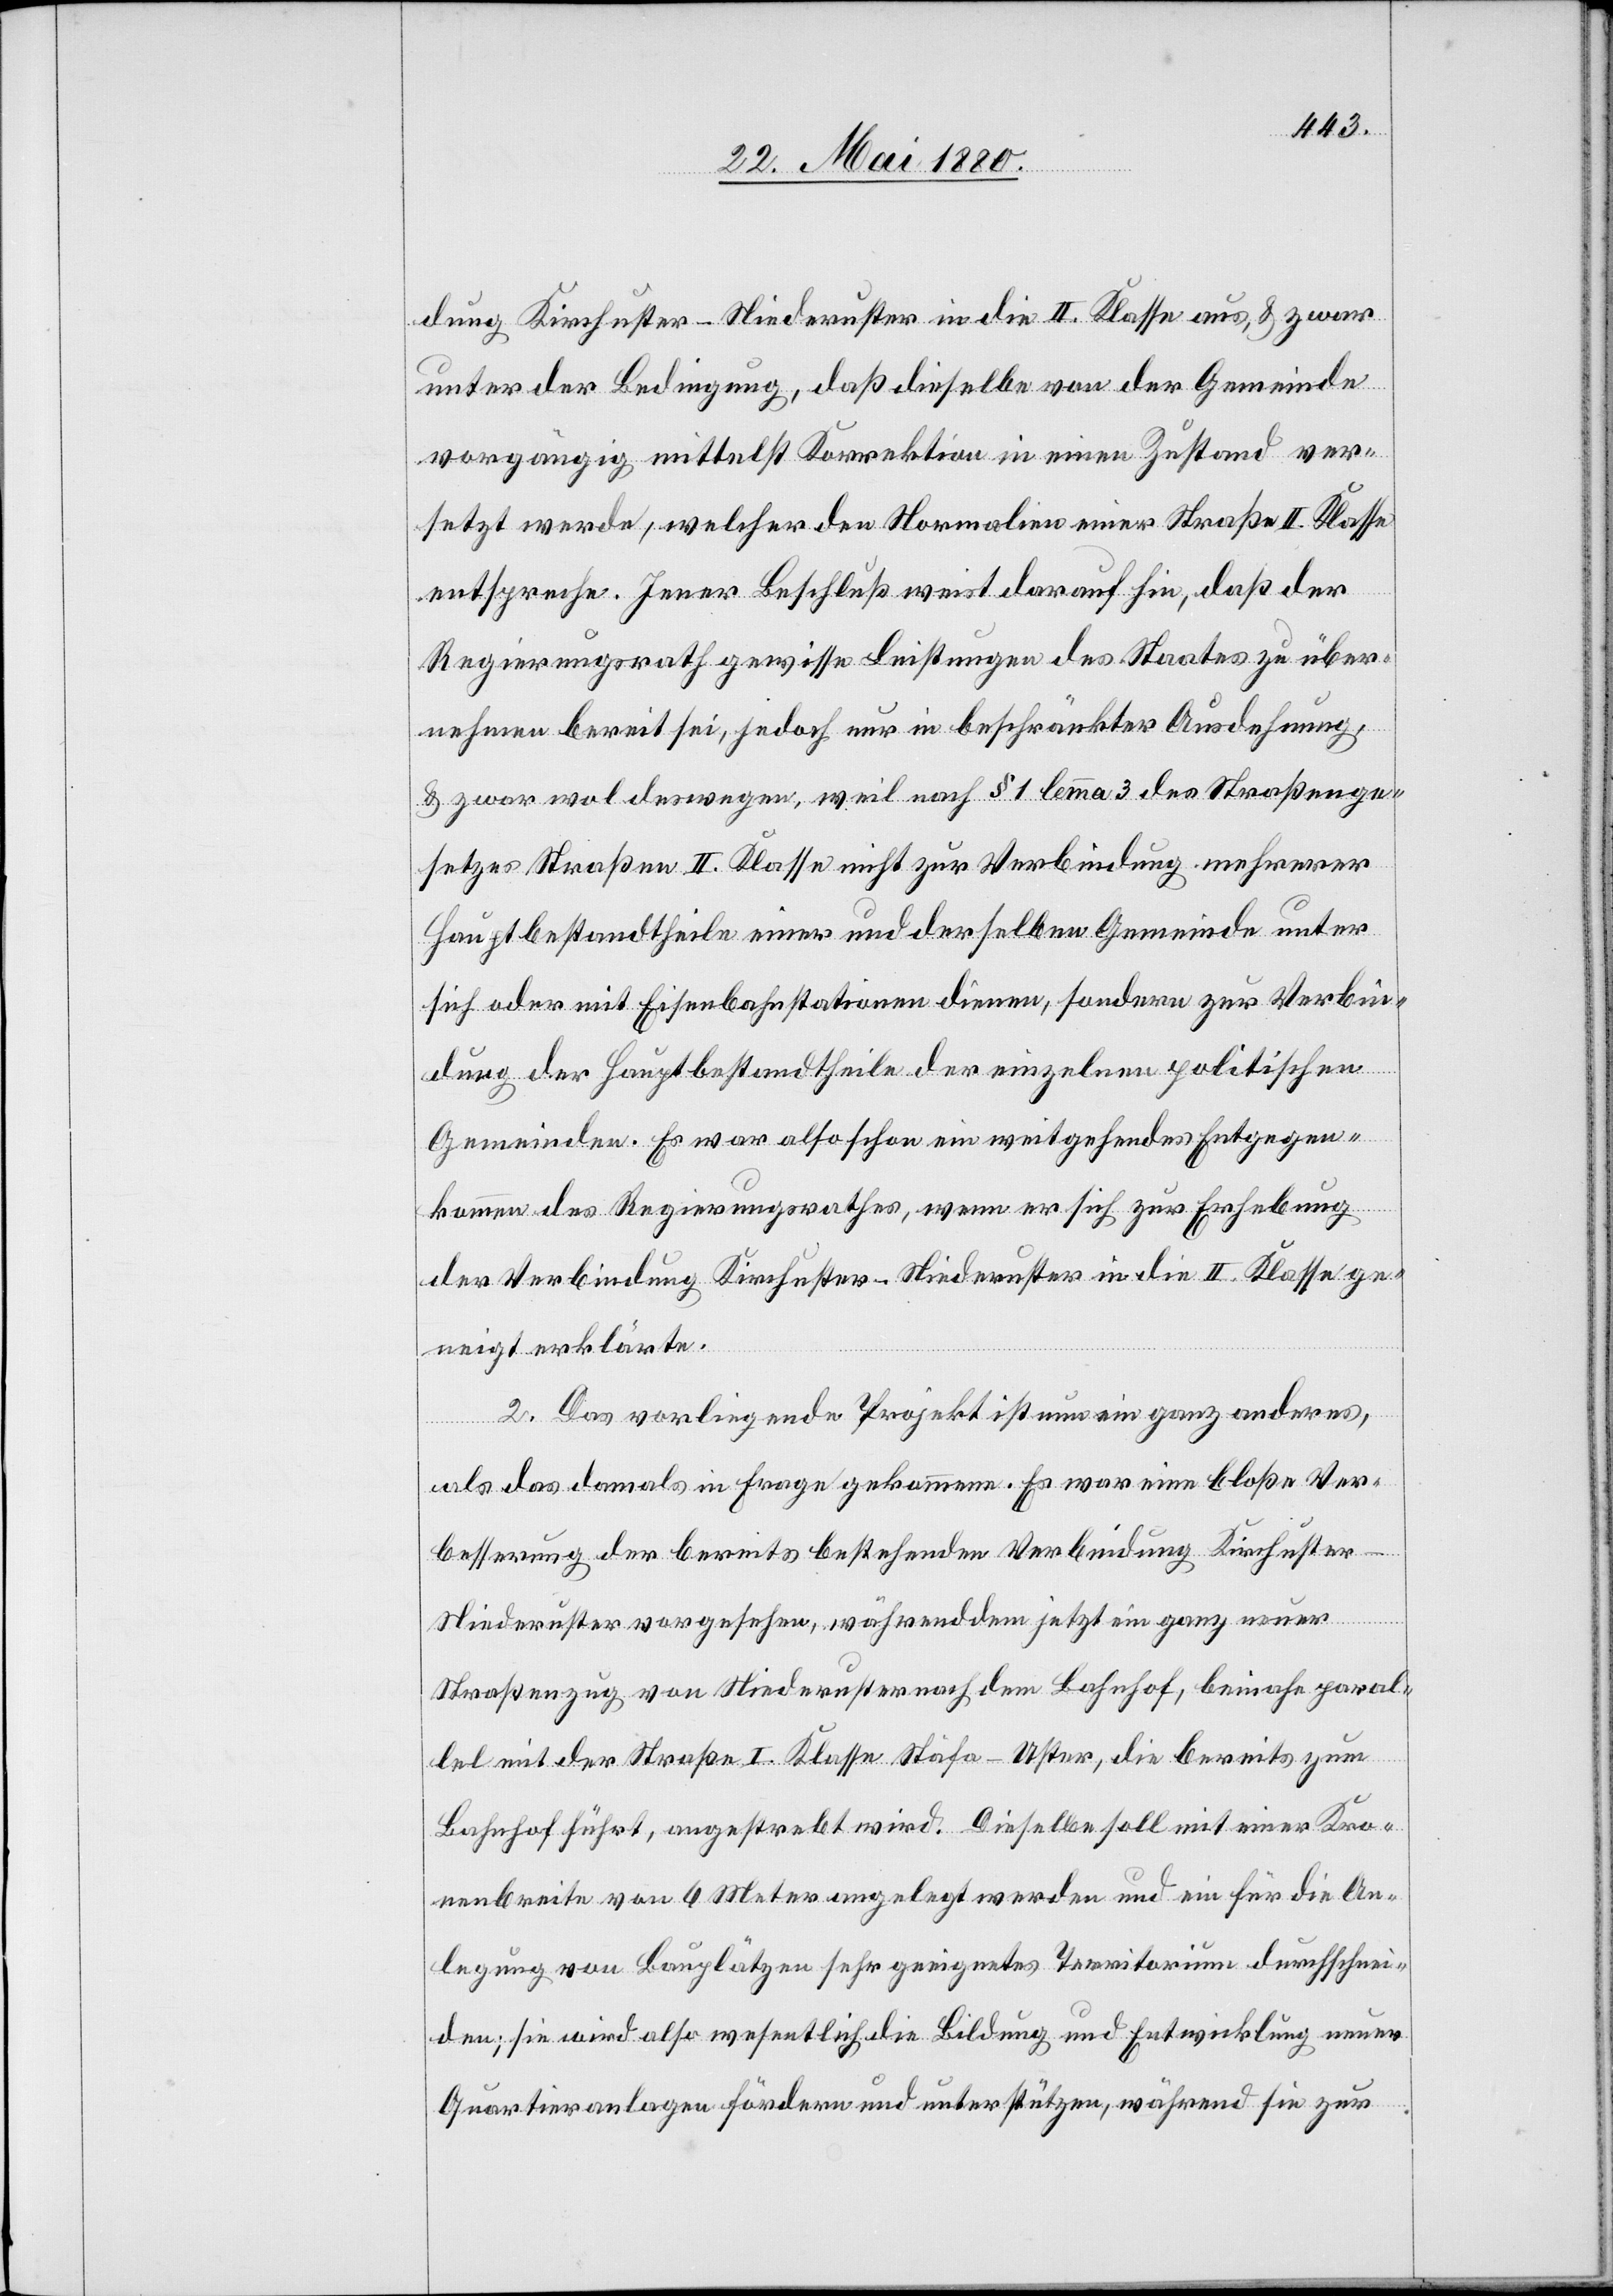
dung Kirchuster–Niederuster in die II. Klasse aus, & zwar
unter der Bedingung, daß dieselbe von der Gemeinde
vorgängig mittelst Korrektion in einen Zustand ver¬
setzt werde, welcher den Normalien einer Straße II. Klasse
entspreche. Jener Beschluß weist darauf hin, daß der
Regierungsrath gewisse Leistungen des Staates zu über¬
nehmen bereit sei, jedoch nur in beschränkter Ausdehnung,
& zwar wol deswegen, weil nach § 1 lemma 3 des Straßenge¬
setzes Straßen II. Klasse nicht zur Verbindung mehrerer
Hauptbestandtheile einer und derselben Gemeinde unter
sich oder mit Eisenbahnstationen diene, sondern zur Verbin¬
dung der Hauptbestandtheile der einzelnen politischen
Gemeinden. Es war also schon ein weitgehendes Entgegen¬
kommen des Regierungsrathes, wenn er sich zur Erhebung
der Verbindung Kirchuster–Niederuster in die II. Klasse ge¬
neigt erklärte.
2. Das vorliegende Projekt ist nun ein ganz anderes,
als das damals in Frage gekommene. Es war eine bloße Ver¬
besserung der bereits bestehenden Verbindung Kirchuster–N¬
iederuster vorgesehen, während dem jetzt ein ganz neuer
Straßenzug von Niederuster nach dem Bahnhof, beinahe paral¬
lel mit der Straße I. Klasse Stäfa–Uster, die bereits zum
Bahnhof führt, angestrebt wird. Dieselbe soll mit einer Kro¬
nenbreite von 6 Metern angelegt werden und ein für die An¬
legung von Bauplätzen sehr geeignetes Territorium durchschnei¬
den; sie wird also wesentlich die Bildung und Entwicklung neuer
Quartieranlagen fördern und unterstützen, während sie zur